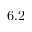
6 . 2